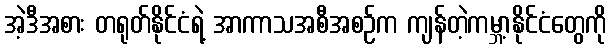
အဲ့ဒီအစား တရုတ်နိုင်ငံရဲ့ အာကာသအစီအစဉ်က ကျန်တဲ့ကမ္ဘာ့နိုင်ငံတွေကို